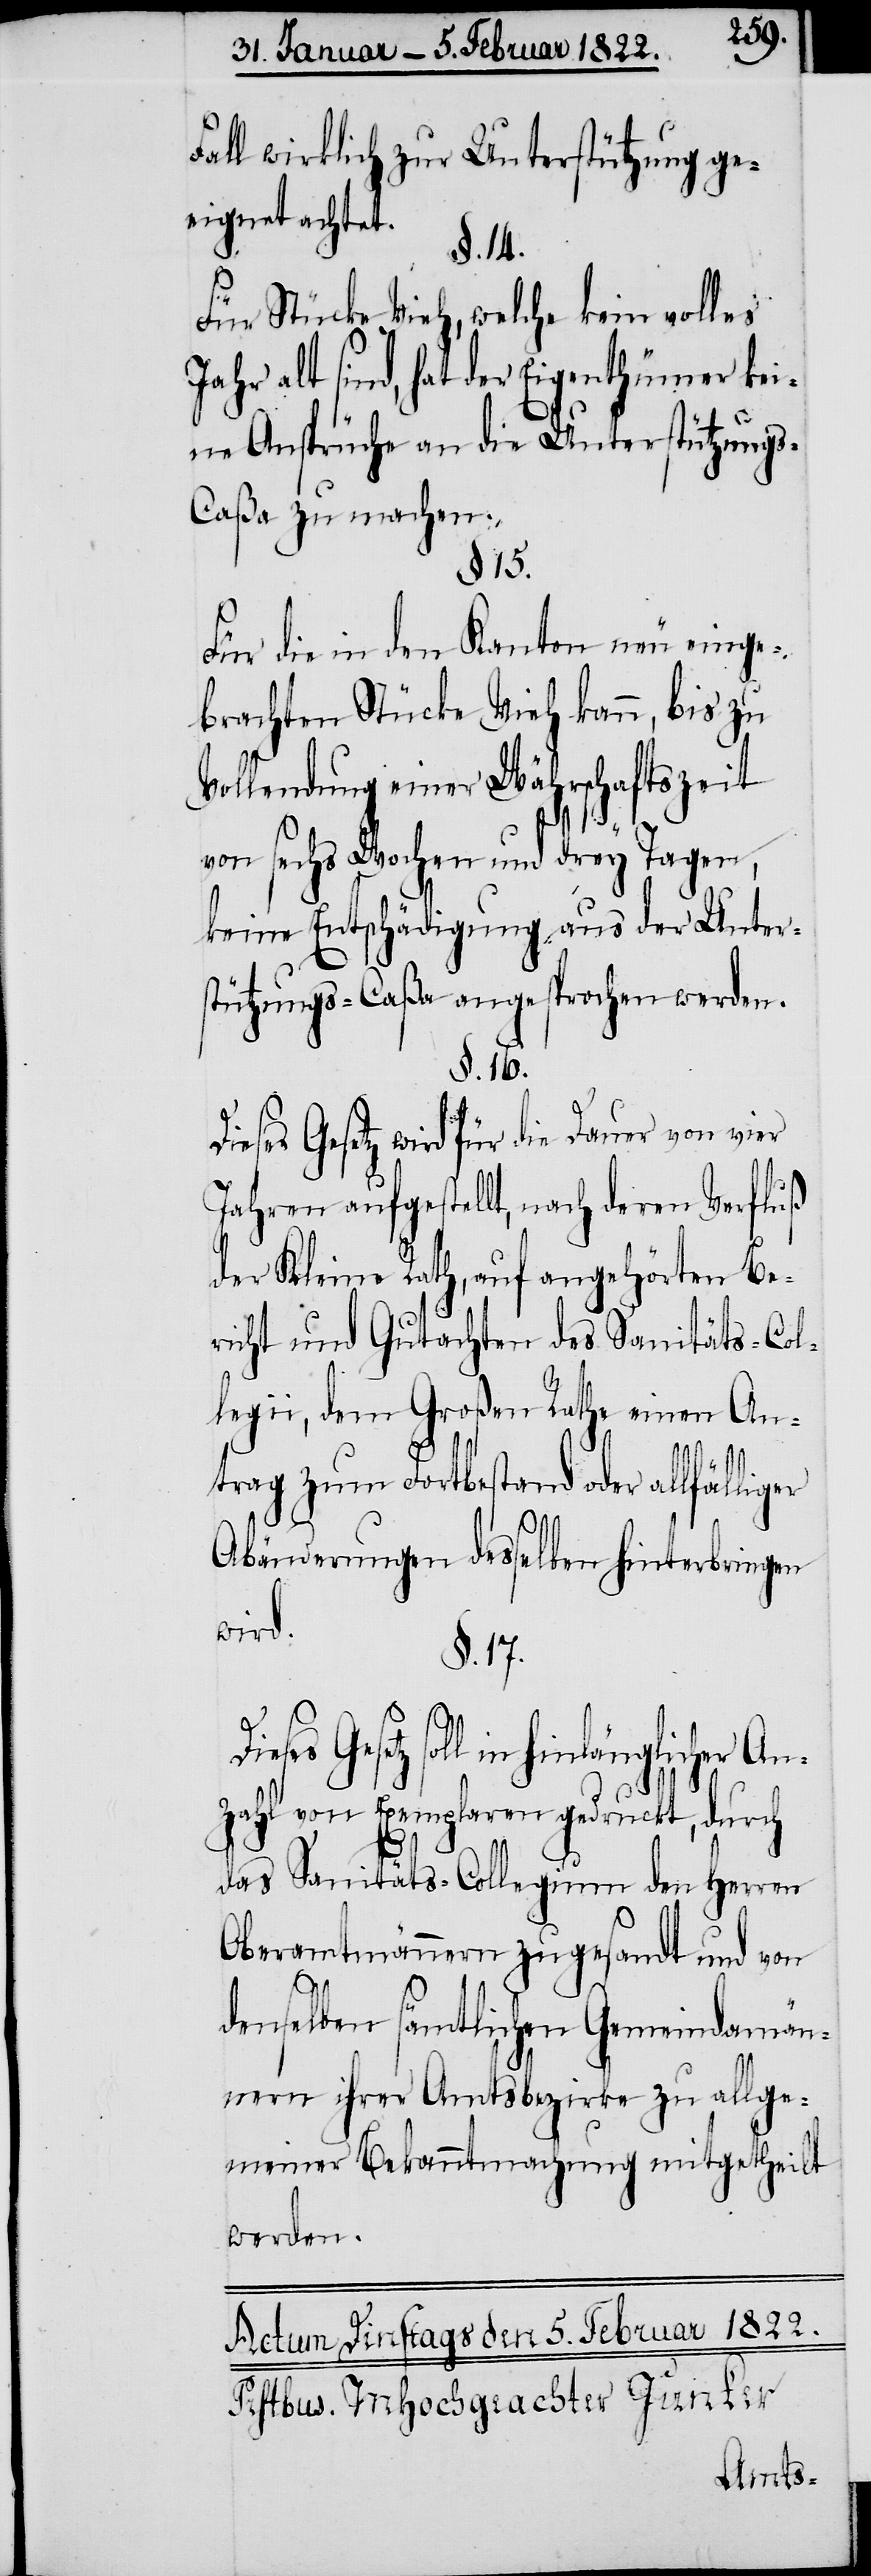
Fall wirklich zur Unterstützung ge¬
eignet achtet.
§. 14.
Für Stücke Vieh, welche kein volles
Jahr alt sind, hat der Eigenthümer kei¬
ne Ansprüche an die Unterstützung¬
s-Caßa zu machen.
§. 15.
Für die in den Kanton, neu einge¬
brachten Stücke Vieh kann, bis zu
Vollendung einer Währschaftszeit
von sechs Wochen und drey Tagen,
keine Entschädigung aus der Unter¬
stützungs-Caßa angesprochen werden.
§. 16.
Dieses Gesetz wird für die Dauer von vier
Jahren aufgestellt, nach deren Verfluß
der Kleine Rath, auf angehörten Be¬
richt und Gutachten des Sanitäts-Col¬
legii, dem Großen Rathe einen An¬
trag zum Fortbestand oder allfälliger
Abänderungen desselben hinterbringen
wird.
§. 17.
Gesetz soll in hinlänglicher An¬
zahl von Exemplaren gedruckt, durch
das Sanitäts-Collegium den Herrn
Oberamtmännern zugesandt und von
denselben sämtlichen Gemeindam[m]än¬
nern ihrer Amtsbezirke zu allge¬
meiner Bekanntmachung mitgetheilt
werden.